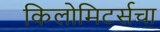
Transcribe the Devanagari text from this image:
किलोमिटर्सचा